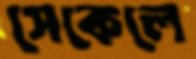
সেকেলে